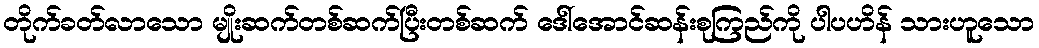
တိုက်ခတ်လာသော မျိုးဆက်တစ်ဆက်ပြီးတစ်ဆက် ဒေါ်အောင်ဆန်းစုကြည်ကို ပါပဟိန် သားဟူသော